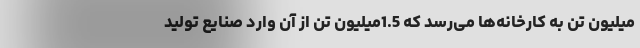
میلیون تن به کارخانه‌ها می‌رسد که 1.5میلیون تن از آن وارد صنایع تولید